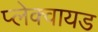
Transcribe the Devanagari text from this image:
प्लेक्वायड